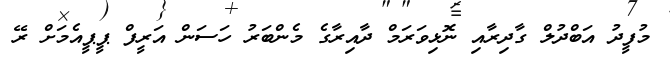
މުފީދު އަބްދުލް ގާދިރާއި ނޮޅިވަރަމް ދާއިރާގެ މެންބަރު ހަސަން އަރީފް ޕީޕީއެމަށް ރޭ